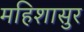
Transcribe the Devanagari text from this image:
महिशासुर